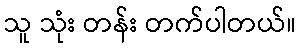
သူ သုံး တန်း တက်ပါတယ်။